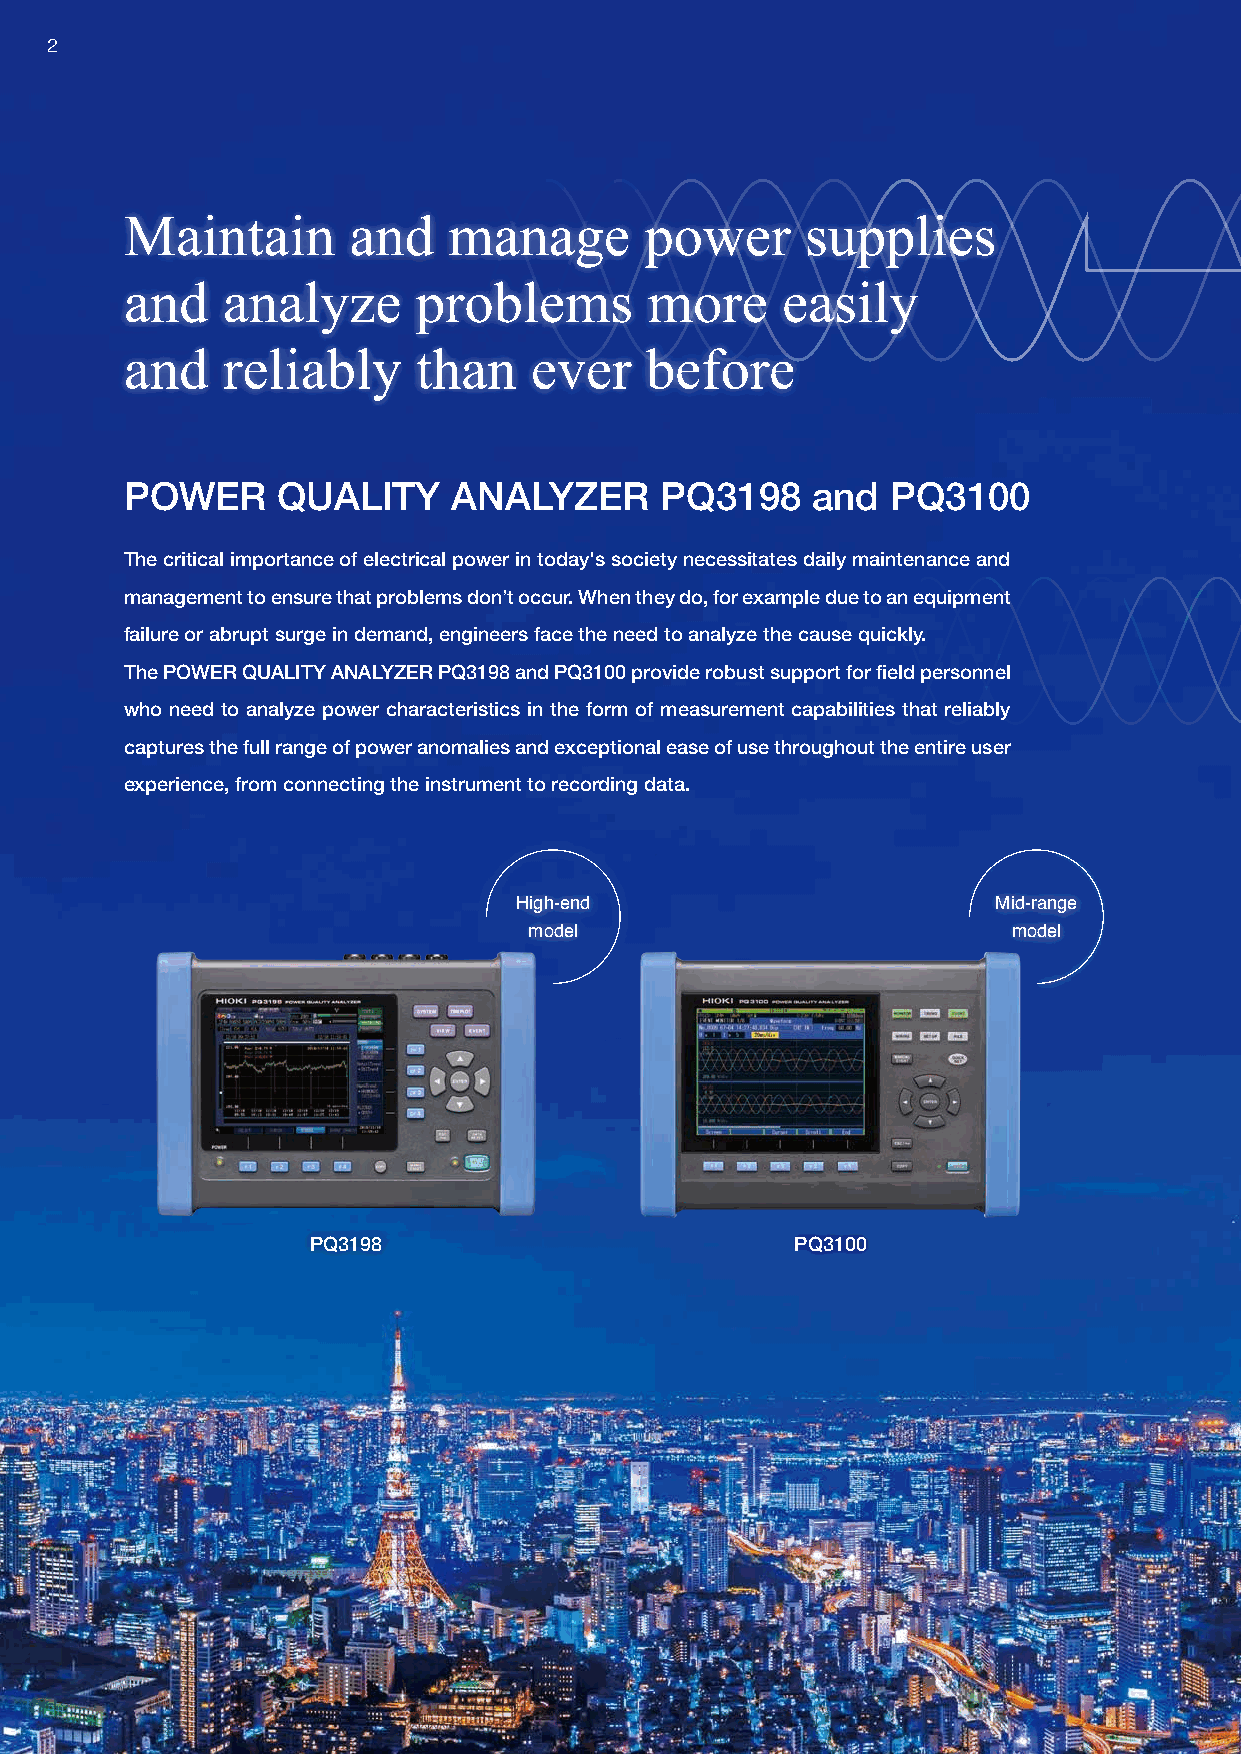
22
 Maintain       and    manage       power     supplies
 and    analyze      problems       more     easily
 and    reliably     than   ever    before
 POWER     QUALITY     ANALYZER      PQ3198    and  PQ3100
 The critical importance of electrical power in today's society necessitates daily maintenance and
 management to ensure that problems don’t occur. When they do, for example due to an equipment
 failure or abrupt surge in demand, engineers face the need to analyze the cause quickly.
 The POWER QUALITY ANALYZER PQ3198 and PQ3100 provide robust support for field personnel
 who need to analyze power characteristics in the form of measurement capabilities that reliably
 captures the full range of power anomalies and exceptional ease of use throughout the entire user
 experience, from connecting the instrument to recording data.
 High-end                        Mid-range
 model                           model
 PQ3198                          PQ3100